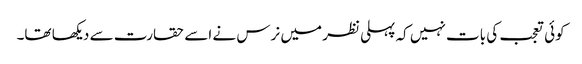
کوئی تعجب کی بات نہیں کہ پہلی نظر میں نرس نے اسے حقارت سے دیکھا تھا۔